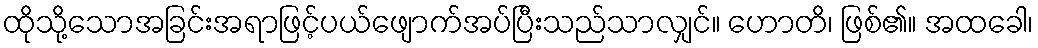
ထိုသို့သောအခြင်းအရာဖြင့်ပယ်ဖျောက်အပ်ပြီးသည်သာလျှင်။ ဟောတိ၊ ဖြစ်၏။ အထခေါ၊